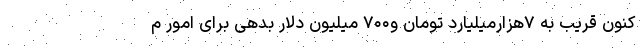
کنون قریب به ۷هزارمیلیارد تومان و۷۰۰ میلیون دلار بدهی برای امور م